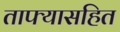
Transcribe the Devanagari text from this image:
ताफ्यासहित